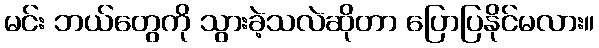
မင်း ဘယ်တွေကို သွားခဲ့သလဲဆိုတာ ပြောပြနိုင်မလား။